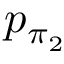
p _ { \pi _ { 2 } }